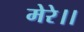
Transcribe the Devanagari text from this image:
मेरे।।